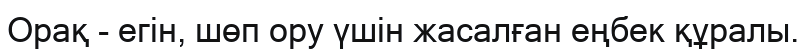
Орақ - егін, шөп ору үшін жасалған еңбек құралы.